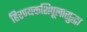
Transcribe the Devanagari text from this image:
हिरण्यकशिपूलासुद्धा